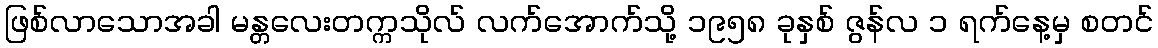
ဖြစ်လာသောအခါ မန္တလေးတက္ကသိုလ် လက်အောက်သို့ ၁၉၅၈ ခုနှစ် ဇွန်လ ၁ ရက်နေ့မှ စတင်